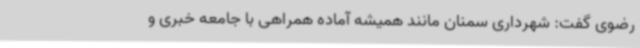
رضوی گفت: شهرداری سمنان مانند همیشه آماده همراهی با جامعه خبری و